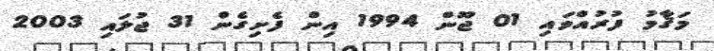
މަޤާމު ފުރުއްވައި 01 ޖޫން 1994 އިން ފެށިގެން 31 ޖުލައި 2003